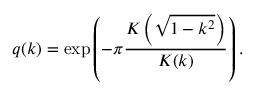
q ( k ) = \exp \left( - \pi { \frac { K \left( { \sqrt { 1 - k ^ { 2 } } } \right) } { K ( k ) } } \right) .